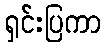
ရှင်းပြကာ